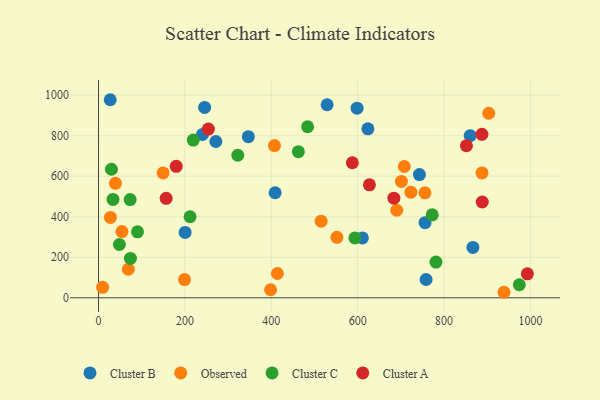
{"axis": {"x": "Investment", "y": "Yield"}, "legend": ["Cluster A", "Cluster B", "Cluster C", "Observed"], "data": [{"x": "245.7", "y": 939.8, "type": "Cluster B"}, {"x": "346.9", "y": 795.4, "type": "Cluster B"}, {"x": "756.0", "y": 370.7, "type": "Cluster B"}, {"x": "240.8", "y": 806.2, "type": "Cluster B"}, {"x": "598.6", "y": 936.1, "type": "Cluster B"}, {"x": "27.1", "y": 977.6, "type": "Cluster B"}, {"x": "529.2", "y": 952.9, "type": "Cluster B"}, {"x": "743.0", "y": 608.1, "type": "Cluster B"}, {"x": "866.8", "y": 248.5, "type": "Cluster B"}, {"x": "408.9", "y": 518.4, "type": "Cluster B"}, {"x": "610.9", "y": 295.6, "type": "Cluster B"}, {"x": "860.5", "y": 800.3, "type": "Cluster B"}, {"x": "758.4", "y": 90.3, "type": "Cluster B"}, {"x": "623.7", "y": 834.1, "type": "Cluster B"}, {"x": "200.5", "y": 322.6, "type": "Cluster B"}, {"x": "271.6", "y": 771.3, "type": "Cluster B"}, {"x": "515.4", "y": 378.0, "type": "Observed"}, {"x": "199.2", "y": 90.0, "type": "Observed"}, {"x": "414.2", "y": 119.9, "type": "Observed"}, {"x": "887.9", "y": 616.5, "type": "Observed"}, {"x": "27.6", "y": 396.7, "type": "Observed"}, {"x": "551.9", "y": 298.2, "type": "Observed"}, {"x": "69.0", "y": 140.8, "type": "Observed"}, {"x": "407.4", "y": 751.3, "type": "Observed"}, {"x": "398.4", "y": 39.7, "type": "Observed"}, {"x": "701.3", "y": 574.2, "type": "Observed"}, {"x": "9.5", "y": 51.6, "type": "Observed"}, {"x": "149.5", "y": 616.4, "type": "Observed"}, {"x": "39.2", "y": 565.1, "type": "Observed"}, {"x": "707.9", "y": 648.0, "type": "Observed"}, {"x": "54.2", "y": 326.8, "type": "Observed"}, {"x": "938.7", "y": 27.2, "type": "Observed"}, {"x": "755.8", "y": 517.9, "type": "Observed"}, {"x": "723.2", "y": 521.1, "type": "Observed"}, {"x": "690.5", "y": 432.1, "type": "Observed"}, {"x": "903.5", "y": 910.8, "type": "Observed"}, {"x": "219.4", "y": 778.2, "type": "Cluster C"}, {"x": "211.9", "y": 400.1, "type": "Cluster C"}, {"x": "772.6", "y": 409.3, "type": "Cluster C"}, {"x": "29.9", "y": 634.4, "type": "Cluster C"}, {"x": "974.2", "y": 64.4, "type": "Cluster C"}, {"x": "73.9", "y": 194.1, "type": "Cluster C"}, {"x": "73.2", "y": 484.6, "type": "Cluster C"}, {"x": "33.5", "y": 485.6, "type": "Cluster C"}, {"x": "90.3", "y": 325.8, "type": "Cluster C"}, {"x": "593.5", "y": 295.3, "type": "Cluster C"}, {"x": "781.2", "y": 176.4, "type": "Cluster C"}, {"x": "484.1", "y": 844.2, "type": "Cluster C"}, {"x": "322.4", "y": 703.6, "type": "Cluster C"}, {"x": "462.7", "y": 721.4, "type": "Cluster C"}, {"x": "48.3", "y": 262.9, "type": "Cluster C"}, {"x": "851.8", "y": 750.5, "type": "Cluster A"}, {"x": "179.9", "y": 648.9, "type": "Cluster A"}, {"x": "683.8", "y": 491.9, "type": "Cluster A"}, {"x": "888.4", "y": 472.9, "type": "Cluster A"}, {"x": "587.7", "y": 666.5, "type": "Cluster A"}, {"x": "992.9", "y": 118.3, "type": "Cluster A"}, {"x": "156.6", "y": 491.0, "type": "Cluster A"}, {"x": "887.7", "y": 806.7, "type": "Cluster A"}, {"x": "627.2", "y": 557.6, "type": "Cluster A"}, {"x": "254.3", "y": 832.8, "type": "Cluster A"}]}